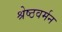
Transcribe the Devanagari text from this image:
श्रेष्ठवर्मन